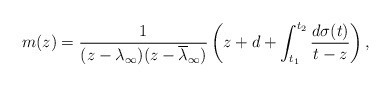
\begin{align*} m(z)= \frac{1}{(z-\lambda_\infty)(z-\overline{\lambda}_\infty)}\left(z+d+\int_{t_1}^{t_2}\frac{d\sigma(t)}{t-z}\right),\end{align*}